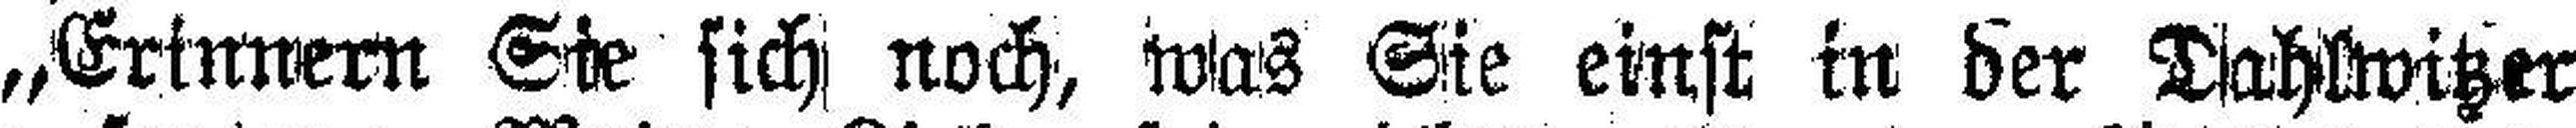
„Erinnern Sie sich noch, was Sie einst in der Dahlwitzer